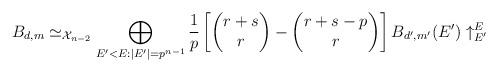
\begin{align*} B_{d,m} \simeq_{\mathcal{X}_{n-2}} \bigoplus_{E'<E: |E'|=p^{n-1}} \frac{1}{p}\left[ \begin{pmatrix} r+s \\ r \end{pmatrix} - \begin{pmatrix} r+s-p \\ r \end{pmatrix}\right] B_{d',m'}(E') \uparrow_{E'}^E \end{align*}